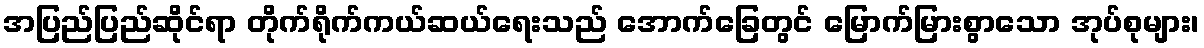
အပြည်ပြည်ဆိုင်ရာ တိုက်ရိုက်ကယ်ဆယ်ရေးသည် အောက်ခြေတွင် မြောက်မြားစွာသော အုပ်စုများ၊